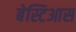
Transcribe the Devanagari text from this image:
बेस्टिआस